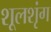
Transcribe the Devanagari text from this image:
शूलशृंग